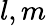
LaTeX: l,m